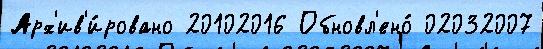
Арх'ив'и́ровано 20102016 Обновл'ено́ 02032007